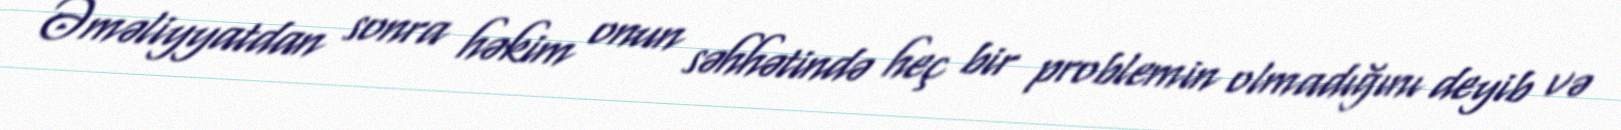
Əməliyyatdan sonra həkim onun səhhətində heç bir problemin olmadığını deyib və